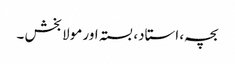
بچہ، استاد، بستہ اور مولا بخش ۔